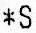
*S